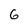
Character: 6